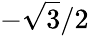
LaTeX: -{\sqrt{3}}/2